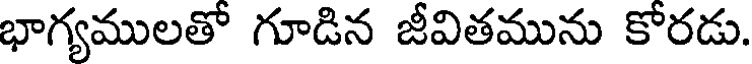
భాగ్యములతో గూడిన జీవితమును కోరడు.